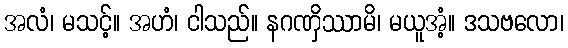
အလံ၊ မသင့်။ အဟံ၊ ငါသည်။ နဂဏှိဿာမိ၊ မယူအံ့။ ဒသဗလော၊